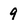
Character: 9